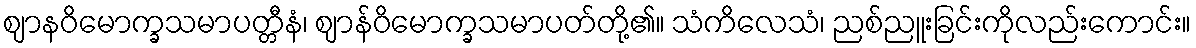
ဈာနဝိမောက္ခသမာပတ္တီနံ၊ ဈာန်ဝိမောက္ခသမာပတ်တို့၏။ သံကိလေသံ၊ ညစ်ညူးခြင်းကိုလည်းကောင်း။